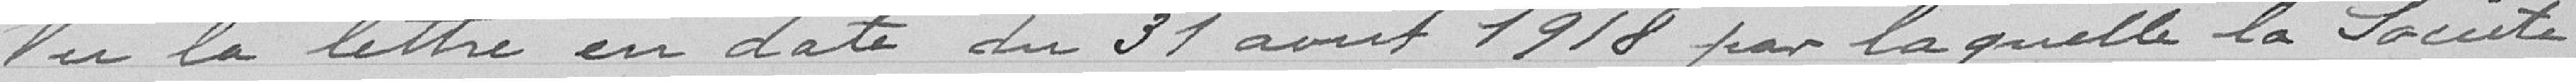
Vu la lettre en date du 31 aout 1918 par laquelle la Société